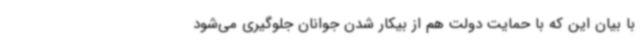
با بیان این که با حمایت دولت هم از بیکار شدن جوانان جلوگیری می‌شود